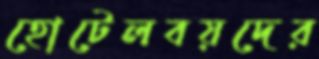
হোটেলবয়দের